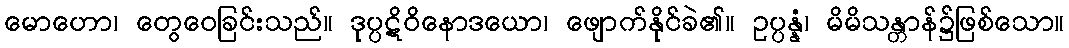
မောဟော၊ တွေဝေခြင်းသည်။ ဒုပ္ပဋိဝိနောဒယော၊ ဖျောက်နိုင်ခဲ၏။ ဥပ္ပန္နံ၊ မိမိသန္တာန်၌ဖြစ်သော။